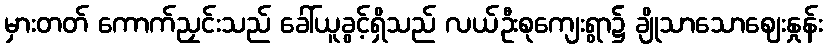
မှားတတ် ကောက်ညှင်းသည် ခေါ်ယူခွင့်ရှိသည် လယ်ဦးစုကျေးရွာ၌ ချိုသာသောဈေးနှုန်း